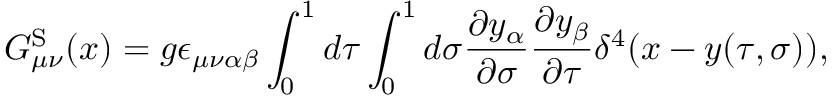
G _ { \mu \nu } ^ { \mathrm { S } } ( x ) = g \epsilon _ { \mu \nu \alpha \beta } \int _ { 0 } ^ { 1 } d \tau \int _ { 0 } ^ { 1 } d \sigma { \frac { \partial y _ { \alpha } } { \partial \sigma } } { \frac { \partial y _ { \beta } } { \partial \tau } } \delta ^ { 4 } ( x - y ( \tau , \sigma ) ) ,